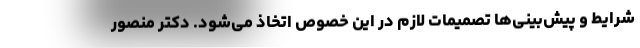
شرایط و پیش‌بینی‌ها تصمیمات لازم در این خصوص اتخاذ می‌شود. دکتر منصور